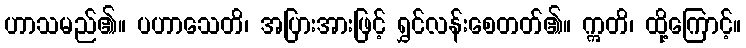
ဟာသမည်၏။ ပဟာသေတိ၊ အပြားအားဖြင့် ရွှင်လန်းစေတတ်၏။ ဣတိ၊ ထို့ကြောင့်။